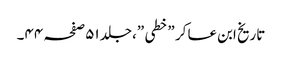
تاریخ ابن عسا کر ”خطی ”،جلد ٥١صفحہ ٤٤۔